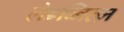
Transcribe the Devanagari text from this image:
लेइब्नित्ज़